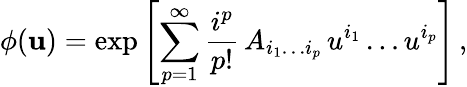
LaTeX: \phi({\mathbf u})=\exp\left[\sum_{p=1}^{\infty}{\frac{i^{p}}{p!}}\, A_{i_{1}\dots i_{p}}\, u^{i_{1}}\dots u^{i_{p}}\right]\, ,